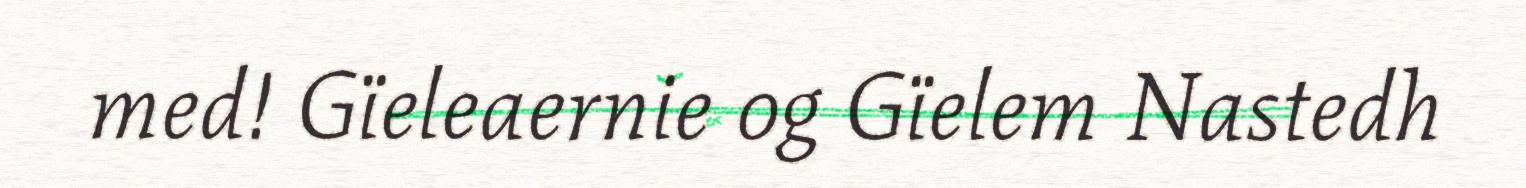
med! Gïeleaernie og Gïelem Nastedh